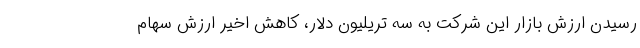
رسیدن ارزش بازار این شرکت به سه تریلیون دلار، کاهش اخیر ارزش سهام